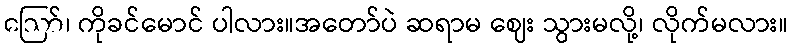
ဪ၊ ကိုခင်မောင် ပါလား။အတော်ပဲ ဆရာမ ဈေး သွားမလို့၊ လိုက်မလား။